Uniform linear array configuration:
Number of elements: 64
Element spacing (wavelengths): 1
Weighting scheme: uniform
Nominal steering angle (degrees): -60
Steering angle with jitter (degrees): -60.136
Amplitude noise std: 0.05
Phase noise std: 0.05

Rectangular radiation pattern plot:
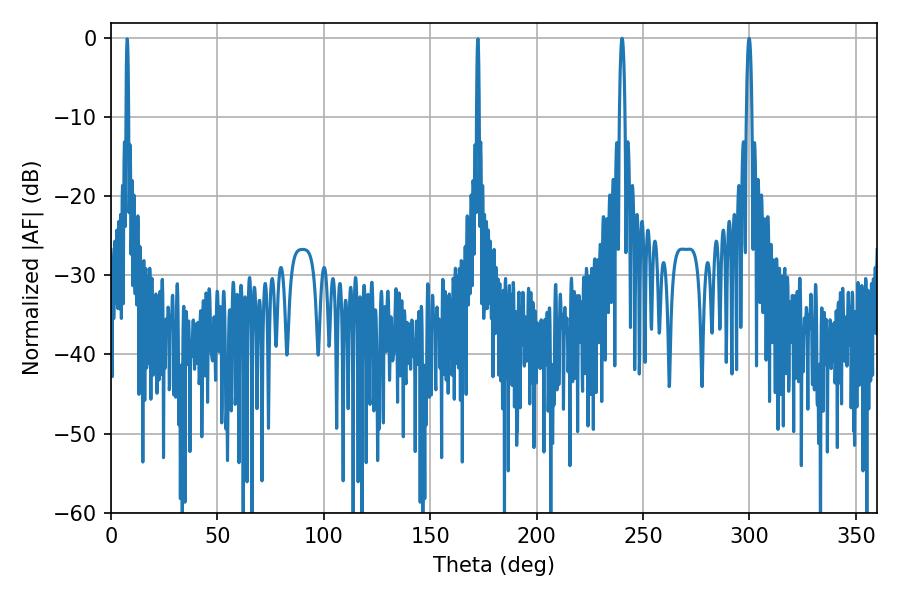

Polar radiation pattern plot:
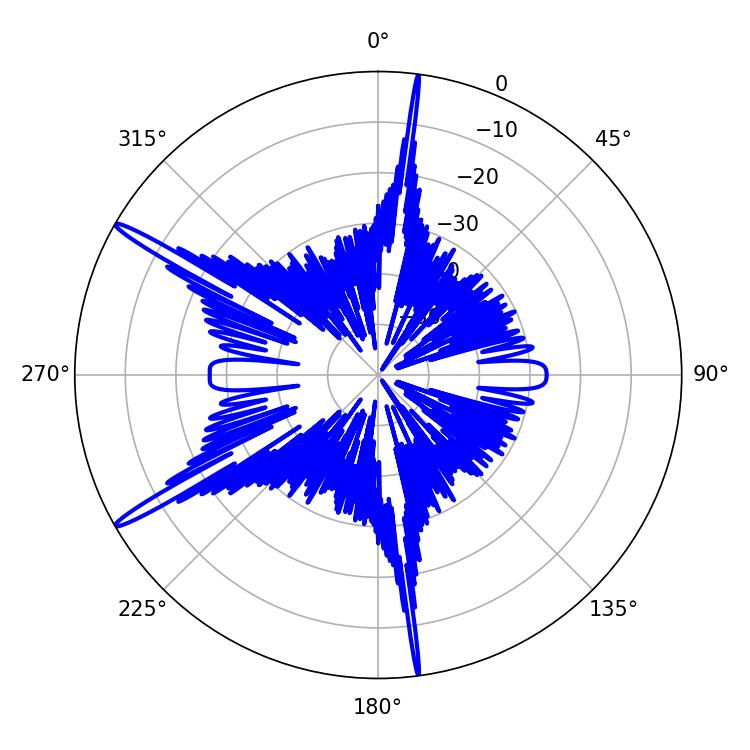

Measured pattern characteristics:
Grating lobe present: TRUE
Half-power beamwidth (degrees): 1.44
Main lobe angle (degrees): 240.12